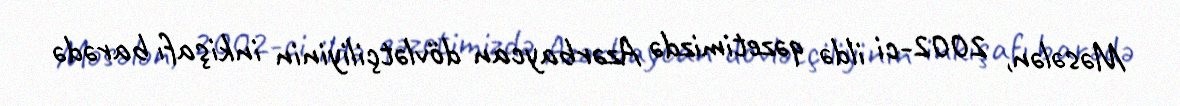
Məsələn, 2002-ci ildə qəzetimizdə Azərbaycan dövlətçiliyinin inkişafı barədə